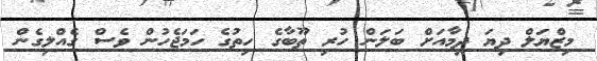
މިޒްޔަލް ދިޔަ ދިމާއަށް ބަލަން ހުރި ތޫބާގެ ހިތުގެ ހަމަޖެހުން ވެސް ގެއްލިގެން